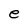
Character: e